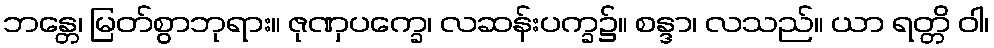
ဘန္တေ၊ မြတ်စွာဘုရား။ ဇုဏှပက္ခေ၊ လဆန်းပက္ခ၌။ စန္ဒာ၊ လသည်။ ယာ ရတ္တိ ဝါ၊